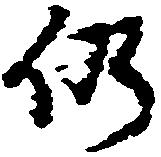
仍